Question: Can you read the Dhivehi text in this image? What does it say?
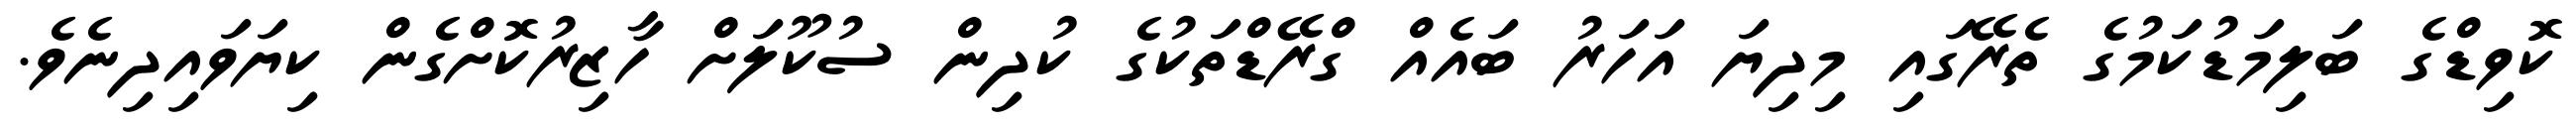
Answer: ކޮވިޑްގެ ބަލިމަޑުކަމުގެ ތެރޭގައި މިދިޔަ އަހަރު ބައެއް ގްރޭޑްތަކުގެ ކުދިން ސުކޫލަށް ހާޒިރުކޮށްގެން ކިޔަވައިދިނެވެ.